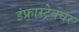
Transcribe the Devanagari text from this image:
इंफ्रास्ट्रेक्चर